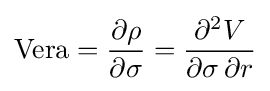
{\text{Vera}}={\frac {\partial \rho }{\partial \sigma }}={\frac {\partial ^{2}V}{\partial \sigma \,\partial r}}